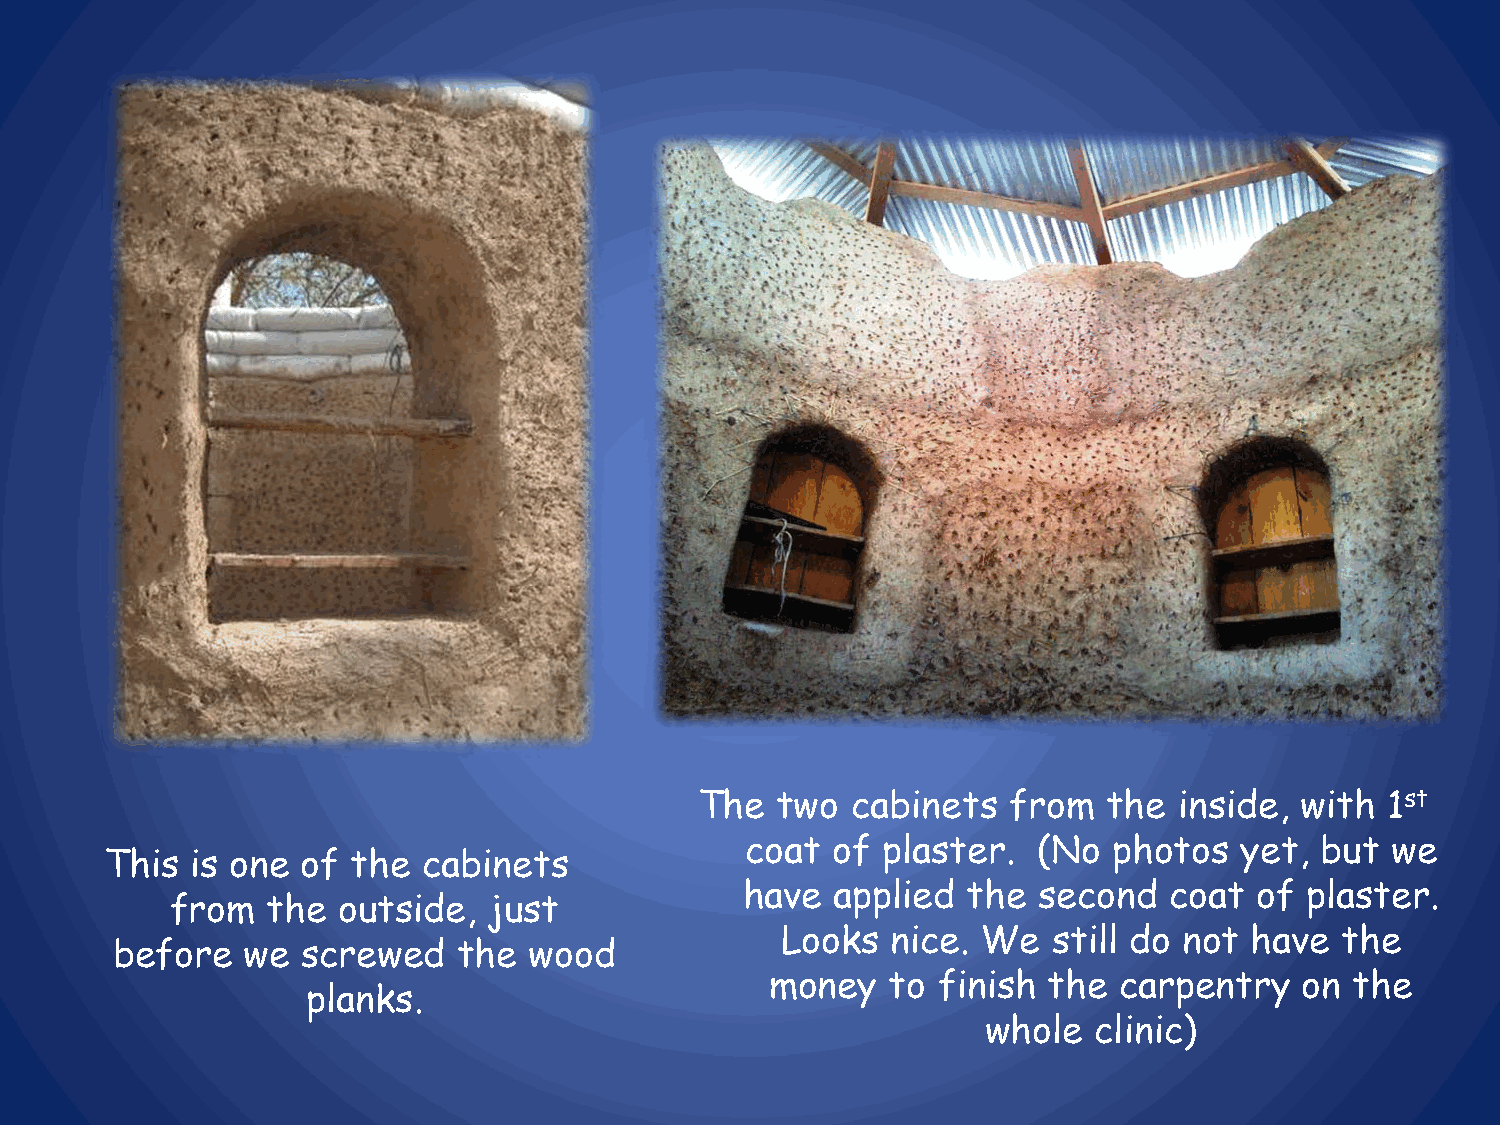
The  two  cabinets   from  the  inside, with  1st
 coat  of plaster.   (No  photos  yet, but  we
 This  is one of the  cabinets
 have  applied  the  second  coat  of plaster.
 from   the outside,  just
 Looks  nice. We   still do not have  the
 before   we  screwed   the  wood
 money   to finish the  carpentry   on  the
 planks.
 whole  clinic)